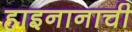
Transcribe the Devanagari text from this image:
हाइनानाची